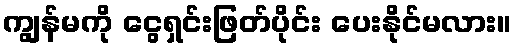
ကျွန်မကို ငွေရှင်းဖြတ်ပိုင်း ပေးနိုင်မလား။